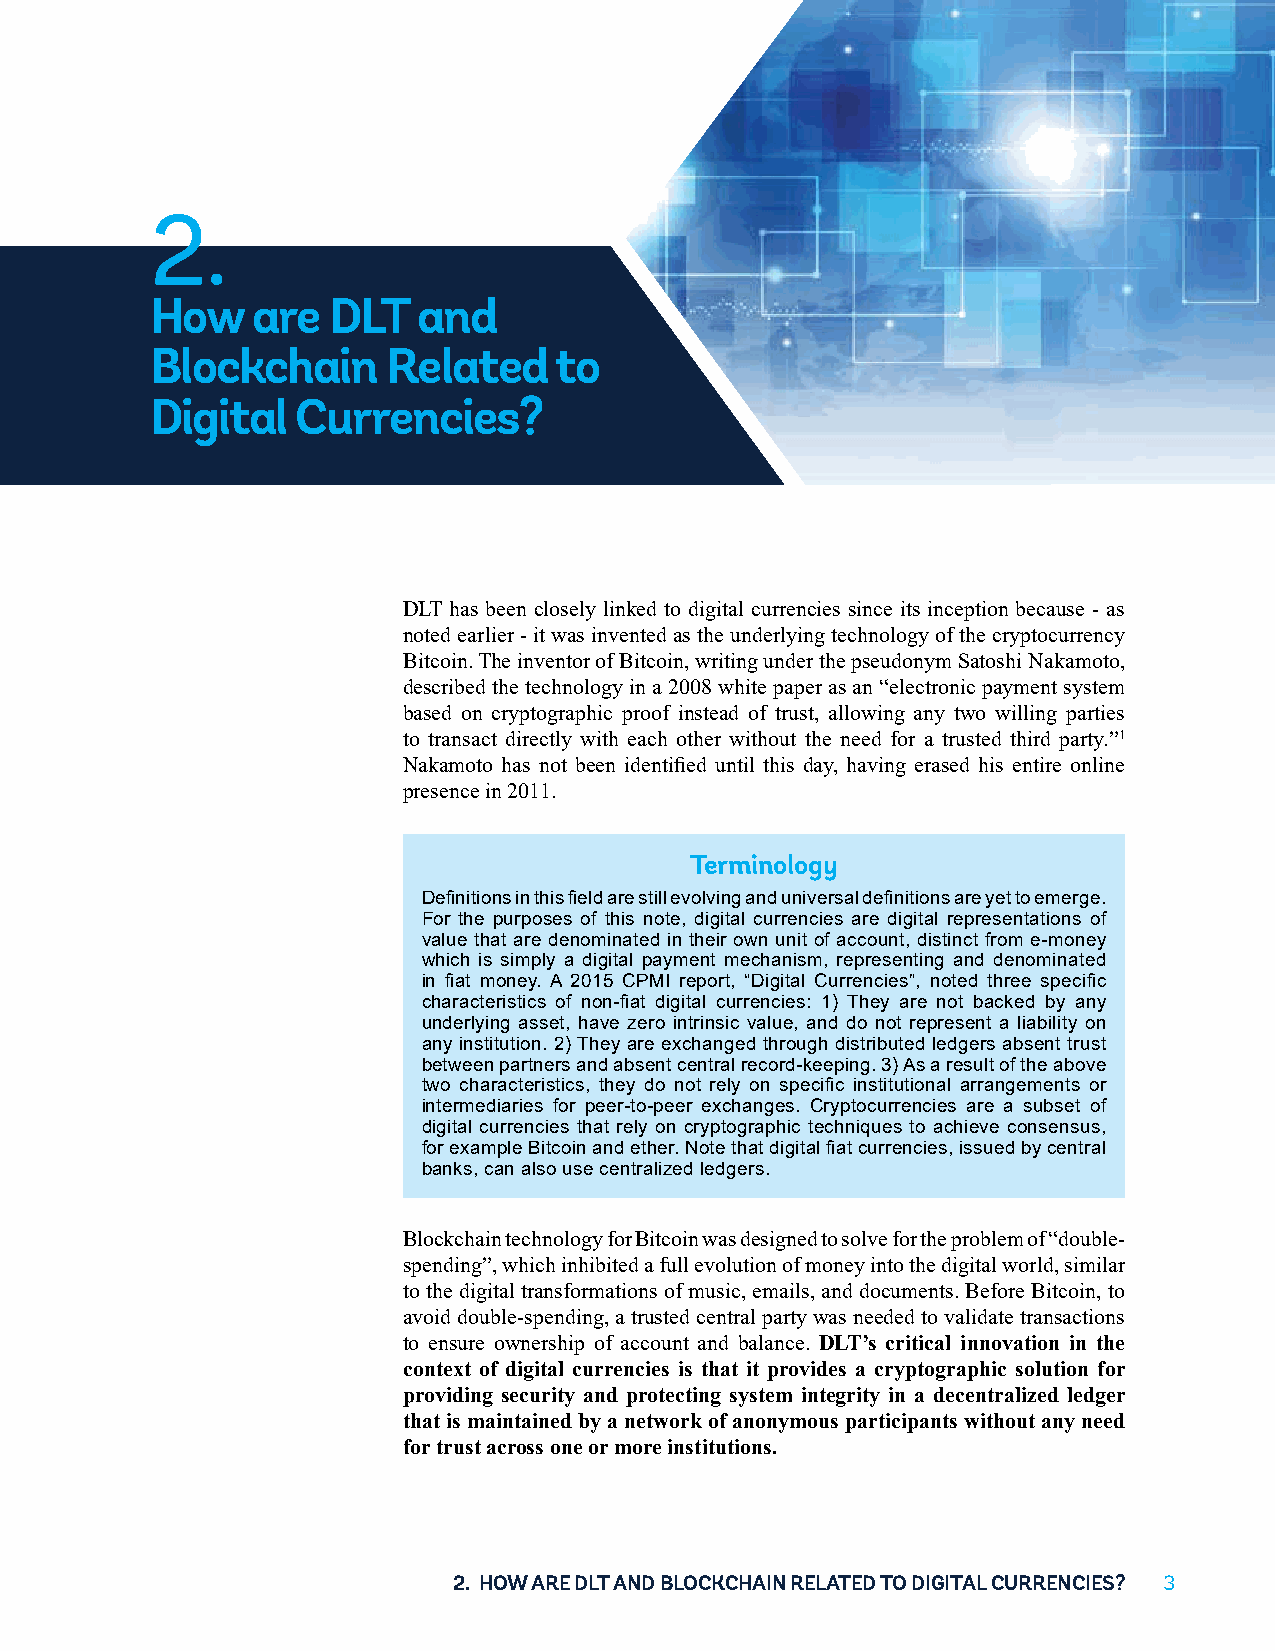
2.
 How    are  DLT   and
 Blockchain      Related    to
 Digital   Currencies?
 DLT has been closely linked to digital currencies since its inception because - as
 noted earlier - it was invented as the underlying technology of the cryptocurrency
 Bitcoin. The inventor of Bitcoin, writing under the pseudonym Satoshi Nakamoto,
 described the technology in a 2008 white paper as an “electronic payment system
 based on cryptographic proof instead of trust, allowing any two willing parties
 to transact directly with each other without the need for a trusted third party.”1
 Nakamoto has not been identified until this day, having erased his entire online
 presence in 2011.
 Terminology
 Definitions in this field are still evolving and universal definitions are yet to emerge.
 For the purposes of this note, digital currencies are digital representations of
 value that are denominated in their own unit of account, distinct from e-money
 which is simply a digital payment mechanism, representing and denominated
 in fiat money. A 2015 CPMI report, “Digital Currencies”, noted three specific
 characteristics of non-fiat digital currencies: 1) They are not backed by any
 underlying asset, have zero intrinsic value, and do not represent a liability on
 any institution. 2) They are exchanged through distributed ledgers absent trust
 between partners and absent central record-keeping. 3) As a result of the above
 two characteristics, they do not rely on specific institutional arrangements or
 intermediaries for peer-to-peer exchanges. Cryptocurrencies are a subset of
 digital currencies that rely on cryptographic techniques to achieve consensus,
 for example Bitcoin and ether. Note that digital fiat currencies, issued by central
 banks, can also use centralized ledgers.
 Blockchain technology for Bitcoin was designed to solve for the problem of “double-
 spending”, which inhibited a full evolution of money into the digital world, similar
 to the digital transformations of music, emails, and documents. Before Bitcoin, to
 avoid double-spending, a trusted central party was needed to validate transactions
 to ensure ownership of account and balance. DLT’s critical innovation in the
 context of digital currencies is that it provides a cryptographic solution for
 providing security and protecting system integrity in a decentralized ledger
 that is maintained by a network of anonymous participants without any need
 for trust across one or more institutions.
 2. HOW ARE DLT AND BLOCKCHAIN RELATED TO DIGITAL CURRENCIES? 33